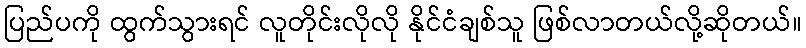
ပြည်ပကို ထွက်သွားရင် လူတိုင်းလိုလို နိုင်ငံချစ်သူ ဖြစ်လာတယ်လို့ဆိုတယ်။